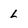
Character: L